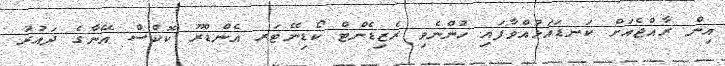
އިން ރާއްޖެއަށް ކަނޑައަޅުއްވާފައި ހުންނެވި ރެޒިޑެންޓް ކޯޑިނޭޓަރ އެންޑްރޫ ކޮކްސް އޭނާގެ ދައުރު